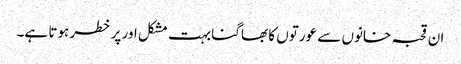
ان قحبہ خانوں سے عورتوں کا بھاگنا بہت مشکل اور پر خطر ہوتا ہے۔